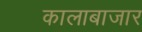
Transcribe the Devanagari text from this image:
कालाबाजार